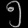
Digit: ၅